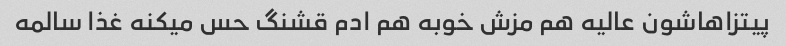
پیتزاهاشون عالیه هم مزش خوبه هم ادم قشنگ حس میکنه غذا سالمه